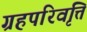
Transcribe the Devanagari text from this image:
ग्रहपरिवृत्ति